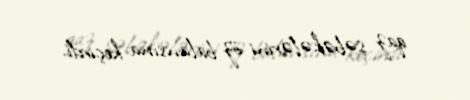
qaz şəbəkələrini öz balansına keçirdi.